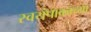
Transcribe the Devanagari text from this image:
स्वयंपाकाच्या